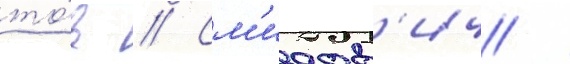
то́в // См'идов'ич /